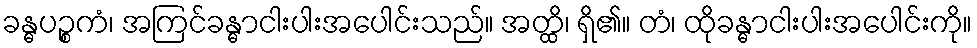
ခန္ဓပဉ္စကံ၊ အကြင်ခန္ဓာငါးပါးအပေါင်းသည်။ အတ္ထိ၊ ရှိ၏။ တံ၊ ထိုခန္ဓာငါးပါးအပေါင်းကို။